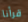
قرأنا